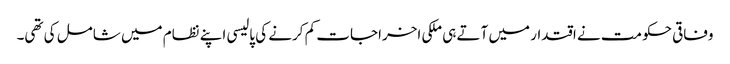
وفاقی حکومت نے اقتدار میں آتے ہی ملکی اخراجات کم کرنے کی پالیسی اپنے نظام میں شامل کی تھی۔